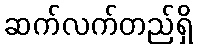
ဆက်လက်တည်ရှိ